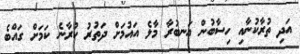
އަދި ތުރާކުނާއި ހިސާބުން އަނބުރާ މާލެ އައުމަށް ދަތުރު ކުރާނެ ކަމަށް ގައްބެ